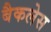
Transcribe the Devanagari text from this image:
बैकलेस